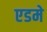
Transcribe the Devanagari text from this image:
एडमे